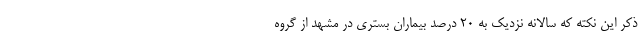
ذکر این نکته که سالانه نزدیک به ۲۰ درصد بیماران بستری در مشهد از گروه